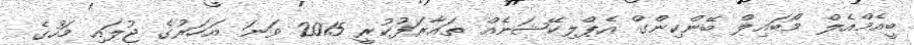
ބީއެމްއެލް މޯބައިލް ބޭންކިންގް އެޕްލިކޭޝަނެއް ތައާރަފުކުރީ 2015 ވަނަ އަހަރުގެ ޖުލައި މަހުގެ